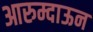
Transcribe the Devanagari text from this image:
आरुम्दाऊन